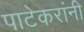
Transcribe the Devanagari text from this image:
पाटेकरांनी